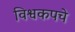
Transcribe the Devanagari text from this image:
विश्वकपचे